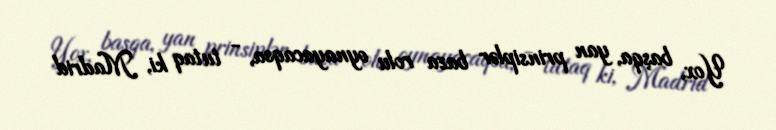
Yox, başqa, yan prinsiplər baza rolu oynayacaqsa, - tutaq ki, Madrid